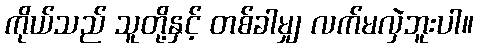
ကိုယ်သည် သူတို့နှင့် တစ်ခါမျှ လက်မလှဲဘူးပါ။